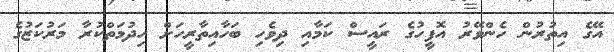
އޭގެ އިތުރުން ހެންވޭރު އޮފީހުގެ ރައީސް ކަމާއި ދިވެހި ބަހާއިތާރީހަށް ހިދުމަތްކުރާ މަރުކަޒުގެ